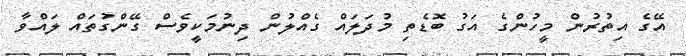
އޭގެ އިތުރުން މީހުންގެ އަގު ބޮޑެތި މުދަލައް ގެއްލުން ދިނުމަކީވެސް ގޭންގުތައް ލައްވާ